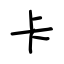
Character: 卡